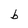
Character: b